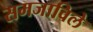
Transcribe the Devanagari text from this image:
समजाविले